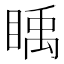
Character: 𥈋